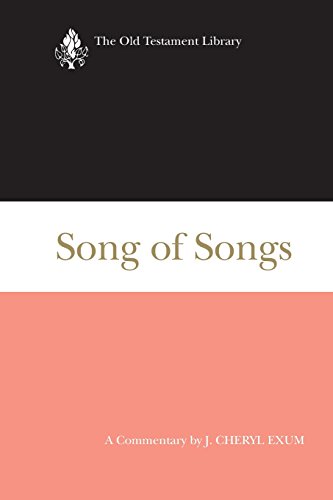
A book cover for Song of Songs (2005): A Commentary (The Old Testament Library); J. Cheryl Exum; Christian Books & Bibles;